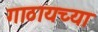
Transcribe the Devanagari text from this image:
गाठायच्या